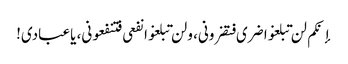
إنکم لن تبلغوا ضری فتضرونی، ولن تبلغوا نفعی فتنفعونی، یاعبادی!